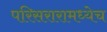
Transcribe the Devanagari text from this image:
परिसरारामध्येच